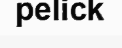
pelick